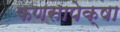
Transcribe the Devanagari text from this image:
फणसापेक्षा